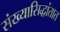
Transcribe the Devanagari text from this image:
संख्यासिद्धांतात